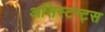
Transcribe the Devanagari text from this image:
असिस्टन्ट्स